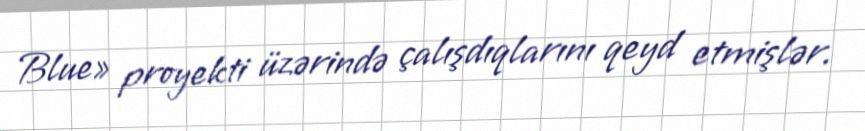
Blue» proyekti üzərində çalışdıqlarını qeyd etmişlər.